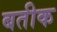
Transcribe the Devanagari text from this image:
बतीक